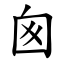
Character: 囪